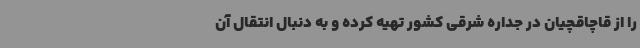
را از قاچاقچیان در جداره شرقی کشور تهیه کرده و به دنبال انتقال آن